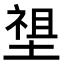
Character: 𡏄